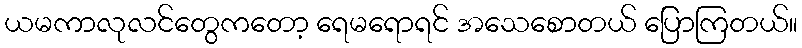
ယမကာလုလင်တွေကတော့ ရေမရောရင် အသေစောတယ် ပြောကြတယ်။